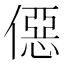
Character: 僫